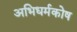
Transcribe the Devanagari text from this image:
अभिधर्मकोष